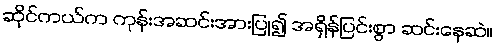
ဆိုင်ကယ်က ကုန်းအဆင်းအားပြု၍ အရှိန်ပြင်းစွာ ဆင်းနေဆဲ။